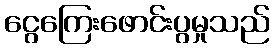
ငွေကြေးဖောင်းပွမှုသည်